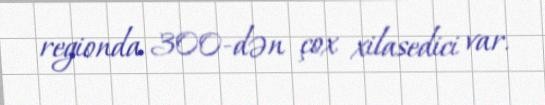
regionda 300-dən çox xilasedici var.